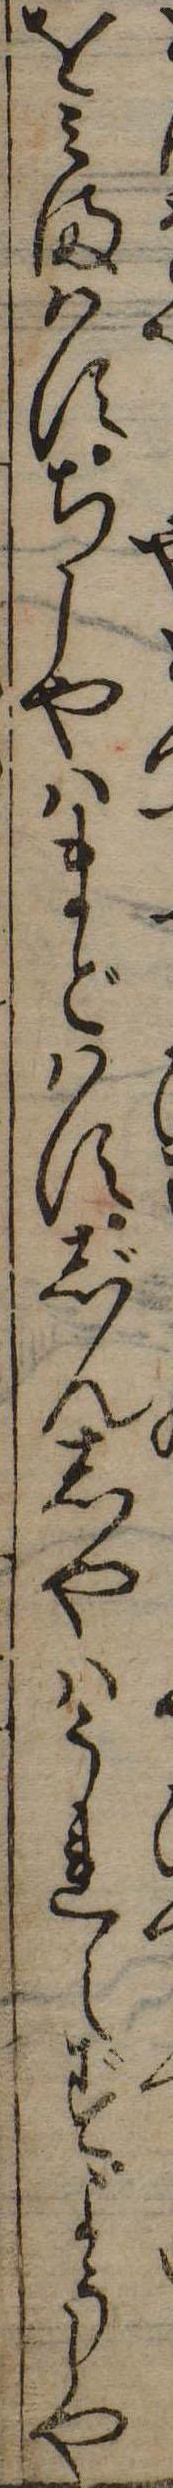
をみまはすちしやはまどはすじんしやはうれえずようしや